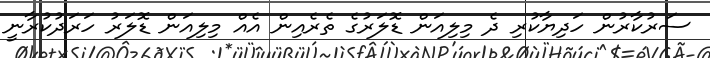
ސަރުކާރުން ހަދިޔާކުރި ދެ މިލިއަން ޑޮލަރުގެ ތެރެއިން އެއް މިލިއަން ޑޮލަރު ހަރަދުކުރާނީ